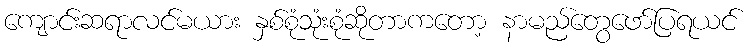
ကျောင်းဆရာလင်မယား နှစ်စုံသုံးစုံဆိုတာကတော့ နာမည်တွေဖော်ပြရယင်